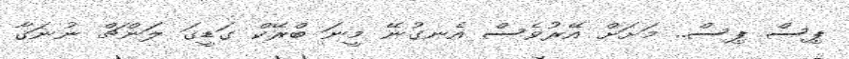
ޕިސް ޕިސް.. މަށަށް އޭރުވެސް އެނގުނޭ މީނަ ބްރޭކް ގަޑީގަ ލަންޗް ނުނަގާ